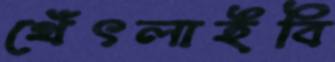
থেঁৎলাইবি